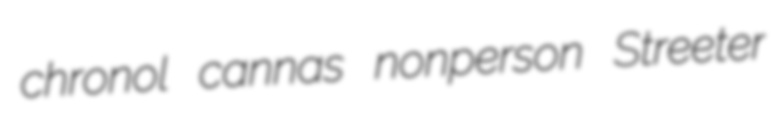
chronol cannas nonperson Streeter